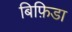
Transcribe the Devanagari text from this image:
बिफ़िडा